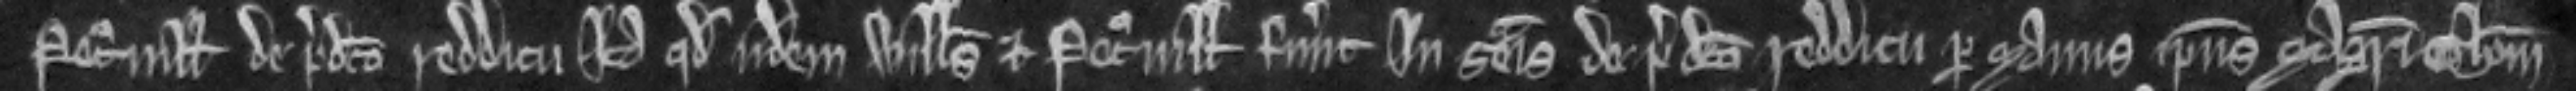
Petronille de predicto redditu ita quod iidem Willelmus et Petronilla fuerunt in seisina de predicto redditu per manus ipsius Magistri Thome